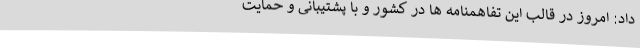
داد: امروز در قالب این‌ تفاهمنامه ها در کشور و با پشتیبانی و حمایت